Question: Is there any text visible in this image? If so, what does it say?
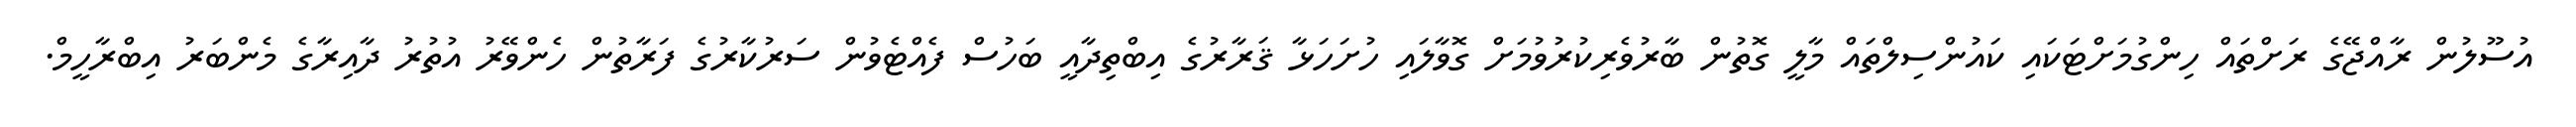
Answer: އުސޫލުން ރާއްޖޭގެ ރަށްތައް ހިންގުމަށްޓަކައި ކައުންސިލްތައް މާލީ ގޮތުން ބާރުވެރިކުރުވުމަށް ގޮވާލައި ހުށަހަޅާ ޤަރާރުގެ އިބްތިދާއީ ބަހުސް ފެއްޓެވުން ސަރުކާރުގެ ފަރާތުން ހެންވޭރު އުތުރު ދާއިރާގެ މެންބަރު އިބްރާހީމް.